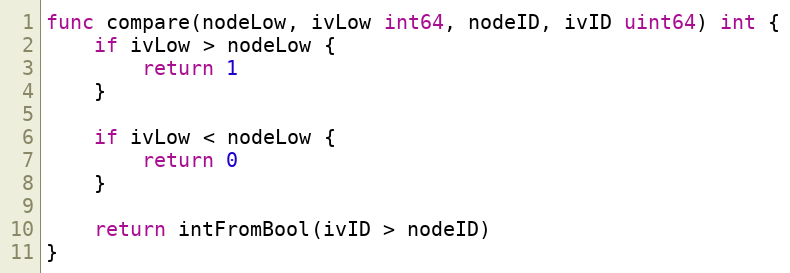
Language: Go
func compare(nodeLow, ivLow int64, nodeID, ivID uint64) int {
	if ivLow > nodeLow {
		return 1
	}

	if ivLow < nodeLow {
		return 0
	}

	return intFromBool(ivID > nodeID)
}